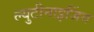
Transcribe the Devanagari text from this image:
ल्युटीनाइजिंग